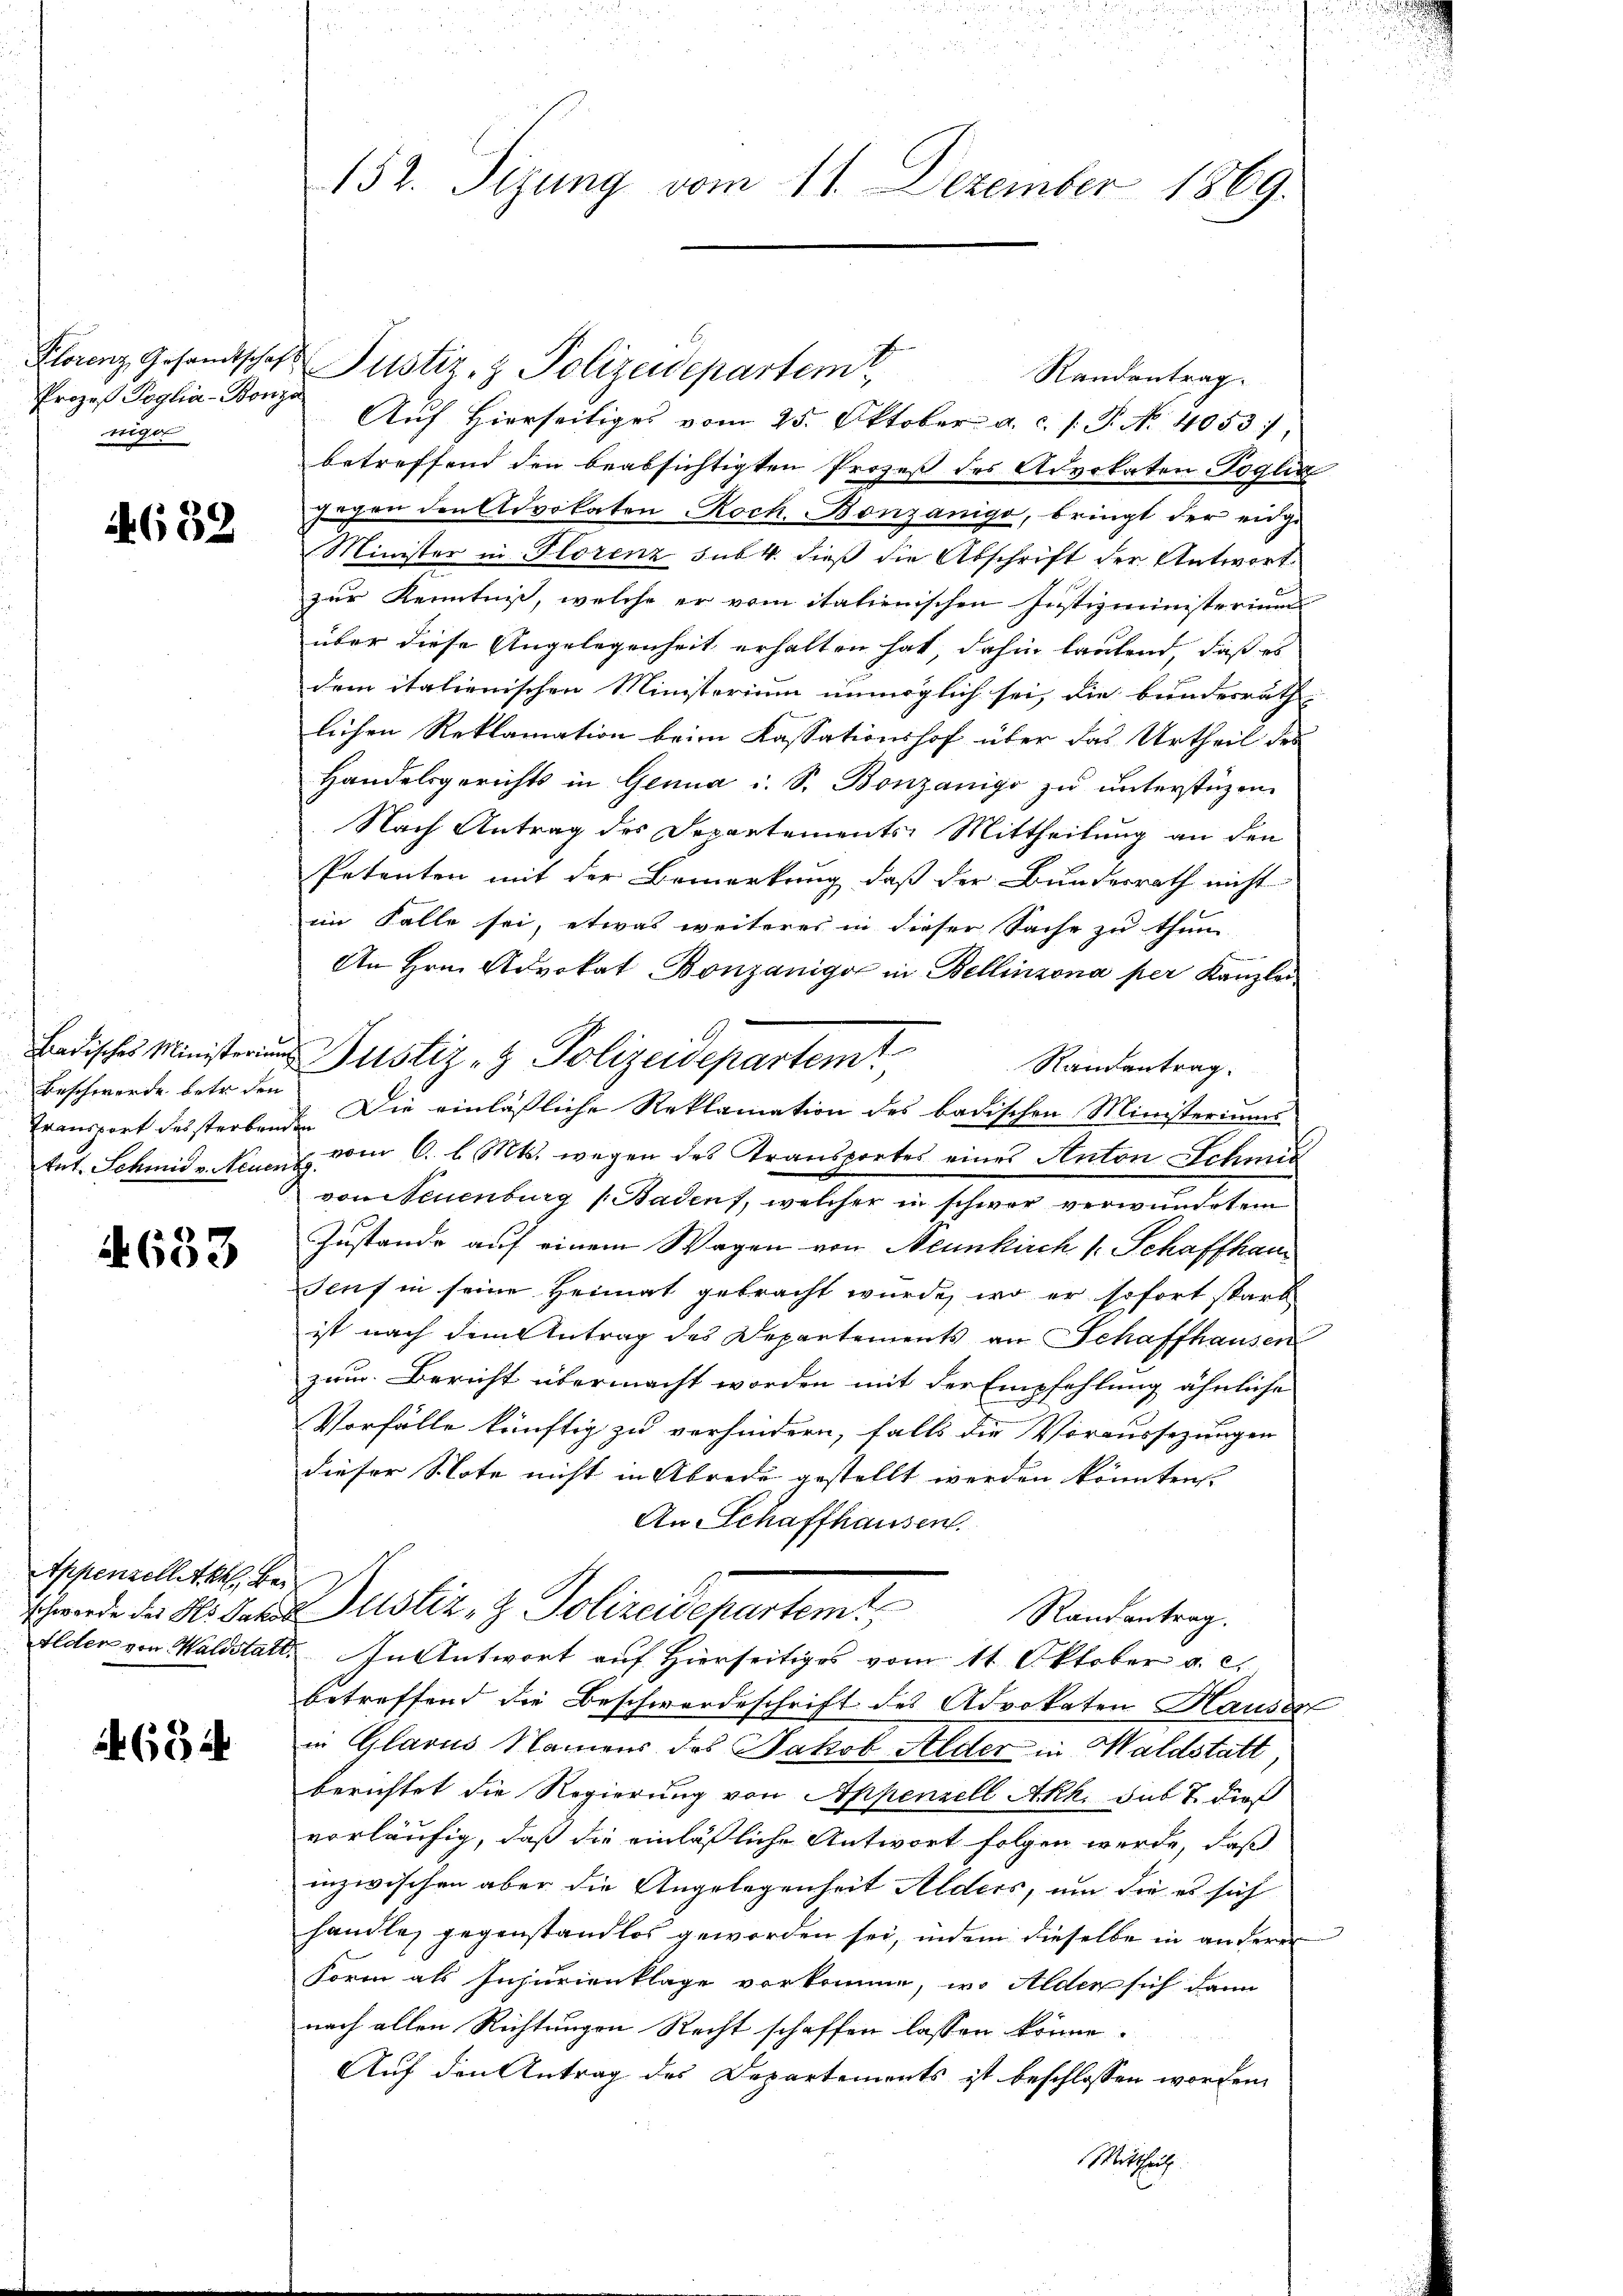
Prozeß Poglia-Bonzo
niger

4632

Beschwerde betr. den

4633

Appenzelletet. Bei

634

152. Sizung vom 11. Dezember 1869.

Klorenz Gesandtschaft Justiz- & Polizeidepartem
Randantrag.
Aŭf Hierseitiges vom 25. Oktober a. c. s. P. No. 4053),
betreffend den beabsichtigten Prozeß des Advokaten Pogli
gegen den Advokaten Koch Bonzanigo, bringt der eidge
Minister in Florenz sub. 4. dieß die Abschrift der Antwort
zur Kenntniß, welche er vom italienischen Justizministerium
über diese Angelegenheit erhalten hat dahin lautend, daß es
dem italienischen Ministerium unmöglich sei, die bunderrath
lichen Reklamation beim Kassationshof über das Urtheil des
Handelsgerichts in Genua u. S. Bonzanigo zu unterstüzen
Nach Antrag des Departements-Mittheilung an den
Petenten mit der Bemerkung, daß der Bundesrath nicht
im Falle sei, etwas weiteres in dieser Sache zu thun
An Hrn. Advokat Bonzanige in Bellinzona per Kanzlei
Randantrag.
Transport dessterbend. Die einläßliche Reklamation des badischen Ministeriums
tet. Schmid v. Neuen vom 6. l. Mts. wegen des Transportes eines Anton Schmit
von Neuenburg (Baden, welcher in schwer verwundetem
Zustande auf einem Wagen von Neunkirch 1 Schaffhau
Senf in seine Heimat gebracht wurde, wo er sofort starb
ist nach dem Antrag des Departements an Schaffhausen
zau. Bericht übermacht worden mit der Empfehlung ähnliche
Vorfälle künftig zu verhindern, falls die Voraussetzungen
dieser Note nicht in Abrede gestellt werden könnten. |
An Schaffhausen.
Hande der Al. der Justiz, z. Polizeidepartemt
Randantrag.
Elden von Waldstatt. In Antwort auf Hierseitiges vom 11. Oktober a. c.
betreffend die Beschwerdeschrift des Advokaten Hauses
in Glarus Namens des Jakob Alder in Waldstatt
berichtet die Regierung von Appenzell Akk. sub 7 dieß
vorläufig, daß die einläßliche Antwort folgen werde, daß
inzwischen aber die Angelegenheit Alders, um die es sich
handle, gegenstandlos geworden sei, indem dieselbe in anderer
Form als Injurienklage vorkomme, wo Alden sich dann
nach allen Richtungen Recht schaffen lassen könne.
Auf den Antrag des Departements ist beschlossen worden.
Mittheit

Badische Ministern Justiz- & Polizeidepartemt

d